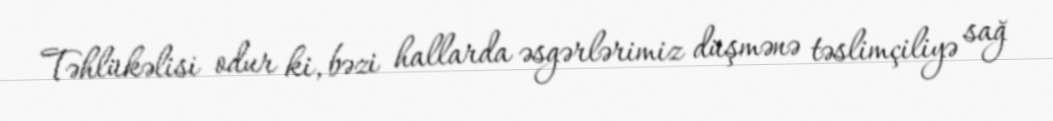
Təhlükəlisi odur ki, bəzi hallarda əsgərlərimiz düşmənə təslimçiliyə sağ